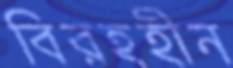
বিরহহীন